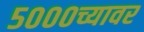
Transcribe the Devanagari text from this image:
५०००च्यावर